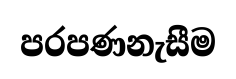
පරපණනැසීම